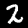
Digit: 2